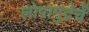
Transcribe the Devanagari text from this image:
लोपामुद्रेचें